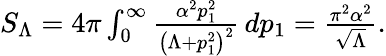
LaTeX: \begin{array}{r}{S_{\Lambda}=4\pi\int_{0}^{\infty}\frac{\alpha^{2}p_{1}^{2}}{\left(\Lambda+p_{1}^{2}\right)^{2}}\, dp_{1}=\frac{\pi^{2}\alpha^{2}}{\sqrt{\Lambda}}.}\end{array}